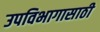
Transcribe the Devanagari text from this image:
उपविभागासाठी